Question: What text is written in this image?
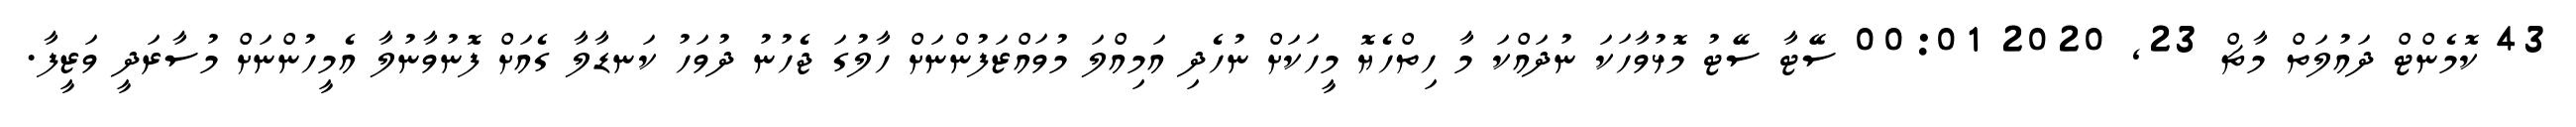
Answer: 43 ކޮމެންޓް ދައުލަތް މާޗް 23, 2020 00:01 ސޭޓާ ސޭޓު މޮޅުވާހަކަ ނުދައްކަ މާ ހިތްހެޔޮ މީހަކަށް ނުހެދި އަމިއްލަ މުވައްޒަފުންނަށް ހާލުގަ ޖެހުނު ދުވަހު ކަނޑާލާ ގެއަށް ފޮނުވާނުލާ އެމީހުންނަށް މުސާރަދީ ވަޒީފާ.